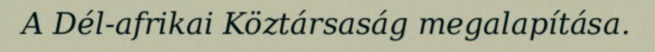
A Dél-afrikai Köztársaság megalapítása.